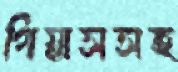
গিয়াসসহ